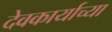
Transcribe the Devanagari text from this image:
देवकार्याच्या